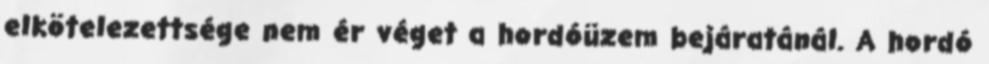
elkötelezettsége nem ér véget a hordóüzem bejáratánál. A hordó